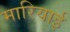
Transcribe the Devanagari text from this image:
मारियाई